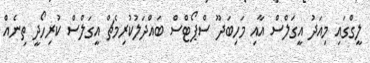
ލީގްގައި މިއަދު އީގަލްސް އާއި މަހިބަދޫ ސްޕޯޓްސް ބައްދަލުކުރިމެޗް އީގަލްސް ކުރިހޯދީ ތިނެއް